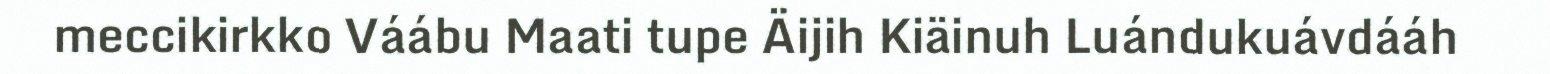
meccikirkko Váábu Maati tupe Äijih Kiäinuh Luándukuávdááh